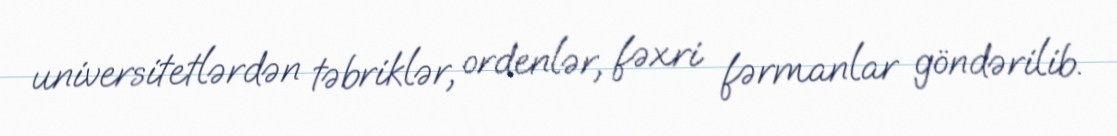
universitetlərdən təbriklər, ordenlər, fəxri fərmanlar göndərilib.